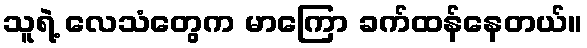
သူရဲ့ လေသံတွေက မာကြော ခက်ထန်နေတယ်။